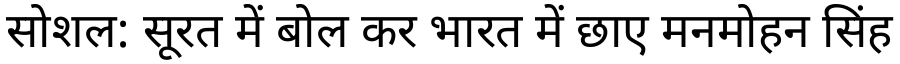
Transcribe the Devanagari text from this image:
सोशल: सूरत में बोल कर भारत में छाए मनमोहन सिंह